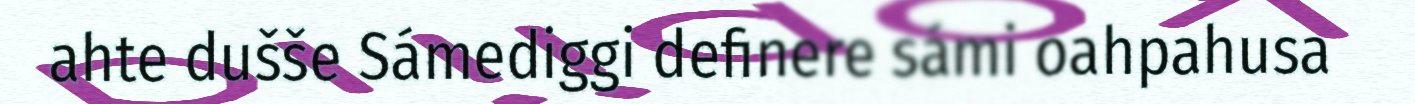
ahte dušše Sámediggi definere sámi oahpahusa